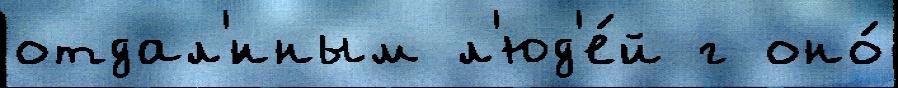
отдал'́нным л'юд'е́й г оно́